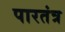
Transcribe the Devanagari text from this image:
पारतंत्र